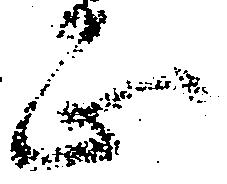
正